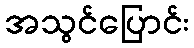
အသွင်ပြောင်း